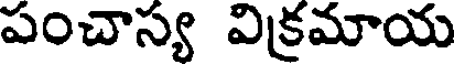
పంచాస్య విక్రమాయ